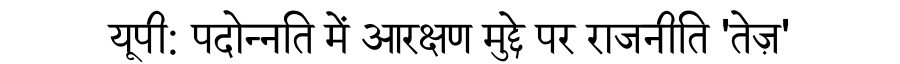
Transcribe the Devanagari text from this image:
यूपी: पदोन्नति में आरक्षण मुद्दे पर राजनीति 'तेज़'